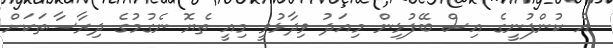
އެ ކުންފުނީގެ އިސް ބޭފުޅިން މިއަދު ވިދާޅުވީ މިއީ ތެޔޮ ނެގުމުގެ ދިރާސާތަކަށް